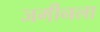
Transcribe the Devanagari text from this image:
जमीनला